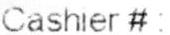
CASHIER #